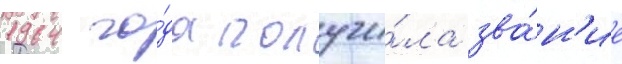
1964 го́да получи́ла зва́н'ие